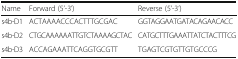
<table><thead><tr><td><b>Name</b></td><td><b>Forward (5’-3’)</b></td><td><b>Reverse (5’-3’)</b></td></tr></thead><tbody><tr><td>s4b-D1</td><td>ACTAAAACCCACTTTGCGAC</td><td>GGTAGGAATGATACAGAACACC</td></tr><tr><td>s4b-D2</td><td>CTGCAAAAAATTGTCTAAAAGCTAC</td><td>CATGCTTTGAAATTATCTACTTTCG</td></tr><tr><td>s4b-D3</td><td>ACCAGAAATTCAGGTGCGTT</td><td>TGAGTCGTGTTGTGCCCG</td></tr></tbody></table>